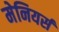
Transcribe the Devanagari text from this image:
मेनियर्स